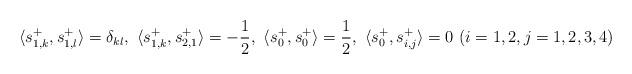
LaTeX: \begin{align*} \langle s^+_{1,k}, s^+_{1,l} \rangle = \delta_{kl}, \,\, \langle s^+_{1, k}, s^+_{2,1}\rangle = - \frac 12, \,\, \langle s^+_0, s^+_0 \rangle = \frac 12, \,\, \langle s^+_0, s^+_{i, j} \rangle = 0 \,\, (i =1, 2, j = 1,2, 3, 4) \end{align*}